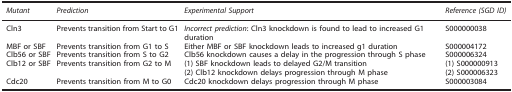
<table><thead><tr><td><b><i>Mutant</i></b></td><td><b><i>Prediction</i></b></td><td><b><i>Experimental Support</i></b></td><td><b><i>Reference (SGD ID)</i></b></td></tr></thead><tbody><tr><td>Cln3</td><td>Prevents transition from Start to G1</td><td><i>Incorrect prediction</i>: Cln3 knockdown is found to lead to increased G1 duration</td><td>S000000038</td></tr><tr><td>MBF or SBF</td><td>Prevents transition from G1 to S</td><td>Either MBF or SBF knockdown leads to increased g1 duration</td><td>S000004172</td></tr><tr><td>Clb56 or SBF</td><td>Prevents transition from S to G2</td><td>Clb56 knockdown causes a delay in the progression through S phase</td><td>S000006324</td></tr><tr><td>Clb12 or SBF</td><td>Prevents transition from G2 to M</td><td>(1) SBF knockdown leads to delayed G2/M transition</td><td>(1) S000000913</td></tr><tr><td> </td><td> </td><td>(2) Clb12 knockdown delays progression through M phase</td><td>(2) S000006323</td></tr><tr><td>Cdc20</td><td>Prevents transition from M to G0</td><td>Cdc20 knockdown delays progression through M phase</td><td>S000003084</td></tr></tbody></table>